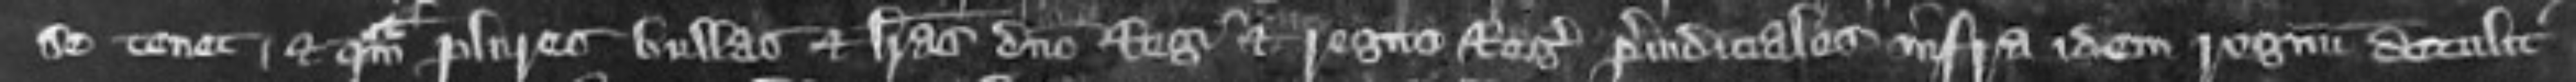
se tenet et quam pluries bullas et libras domino Regi et regno Regis preiudiciales infra idem regnum detulit